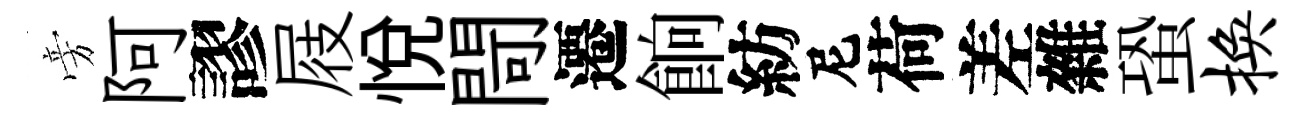
旁阿謬屐悅閜遷餉紡尼荷差雜蛩换